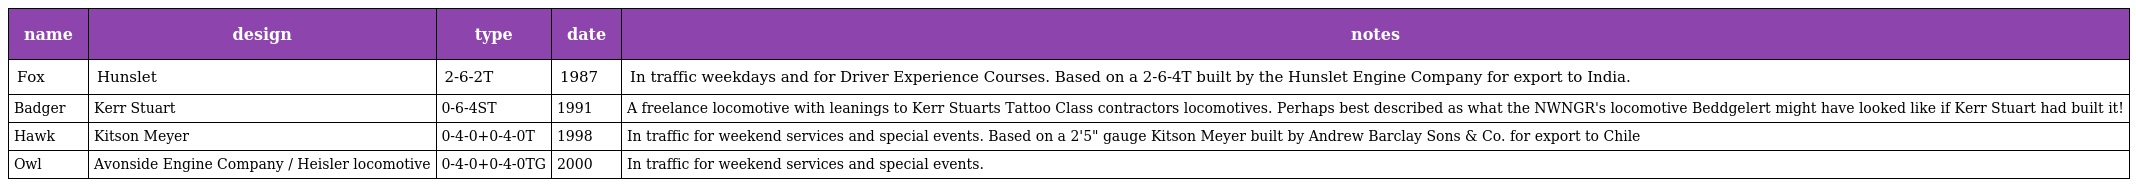
| name | design | type | date | notes |
 | --- | --- | --- | --- | --- |
 | Fox | Hunslet | 2-6-2T | 1987 | In traffic weekdays and for Driver Experience Courses. Based on a 2-6-4T built by the Hunslet Engine Company for export to India. |
 | Badger | Kerr Stuart | 0-6-4ST | 1991 | A freelance locomotive with leanings to Kerr Stuarts Tattoo Class contractors locomotives. Perhaps best described as what the NWNGR's locomotive Beddgelert might have looked like if Kerr Stuart had built it! |
 | Hawk | Kitson Meyer | 0-4-0+0-4-0T | 1998 | In traffic for weekend services and special events. Based on a 2'5" gauge Kitson Meyer built by Andrew Barclay Sons & Co. for export to Chile |
 | Owl | Avonside Engine Company / Heisler locomotive | 0-4-0+0-4-0TG | 2000 | In traffic for weekend services and special events. |